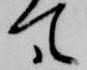
て